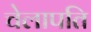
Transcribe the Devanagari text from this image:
चेलापति